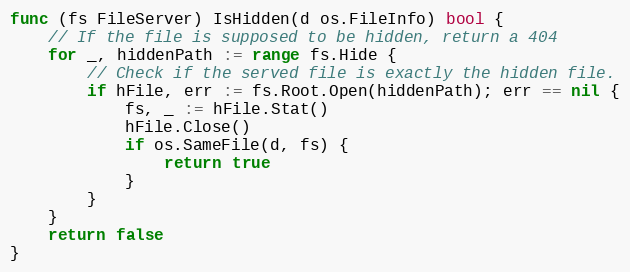
Language: Go
func (fs FileServer) IsHidden(d os.FileInfo) bool {
	// If the file is supposed to be hidden, return a 404
	for _, hiddenPath := range fs.Hide {
		// Check if the served file is exactly the hidden file.
		if hFile, err := fs.Root.Open(hiddenPath); err == nil {
			fs, _ := hFile.Stat()
			hFile.Close()
			if os.SameFile(d, fs) {
				return true
			}
		}
	}
	return false
}